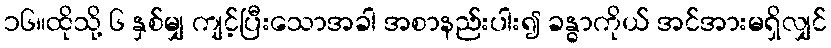
၁၆။ထိုသို့ ၆ နှစ်မျှ ကျင့်ပြီးသောအခါ အစာနည်းပါး၍ ခန္ဓာကိုယ် အင်အားမရှိလျှင်